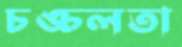
চঙ্চলতা